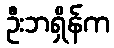
ဦးဘရှိန်က